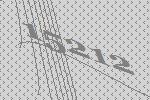
15212